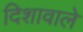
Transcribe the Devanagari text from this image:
दिशावाले